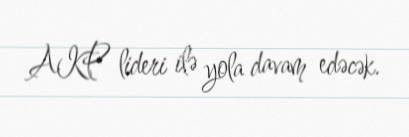
AKP lideri ilə yola davam edəcək.